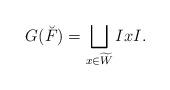
LaTeX: \begin{align*}G(\breve F) = \bigsqcup_{x\in \widetilde W} IxI.\end{align*}